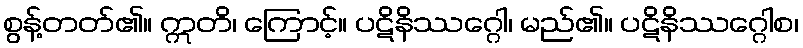
စွန့်တတ်၏။ ဣတိ၊ ကြောင့်။ ပဋိနိဿဂ္ဂေါ၊ မည်၏။ ပဋိနိဿဂ္ဂေါစ၊